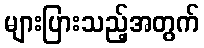
များပြားသည့်အတွက်